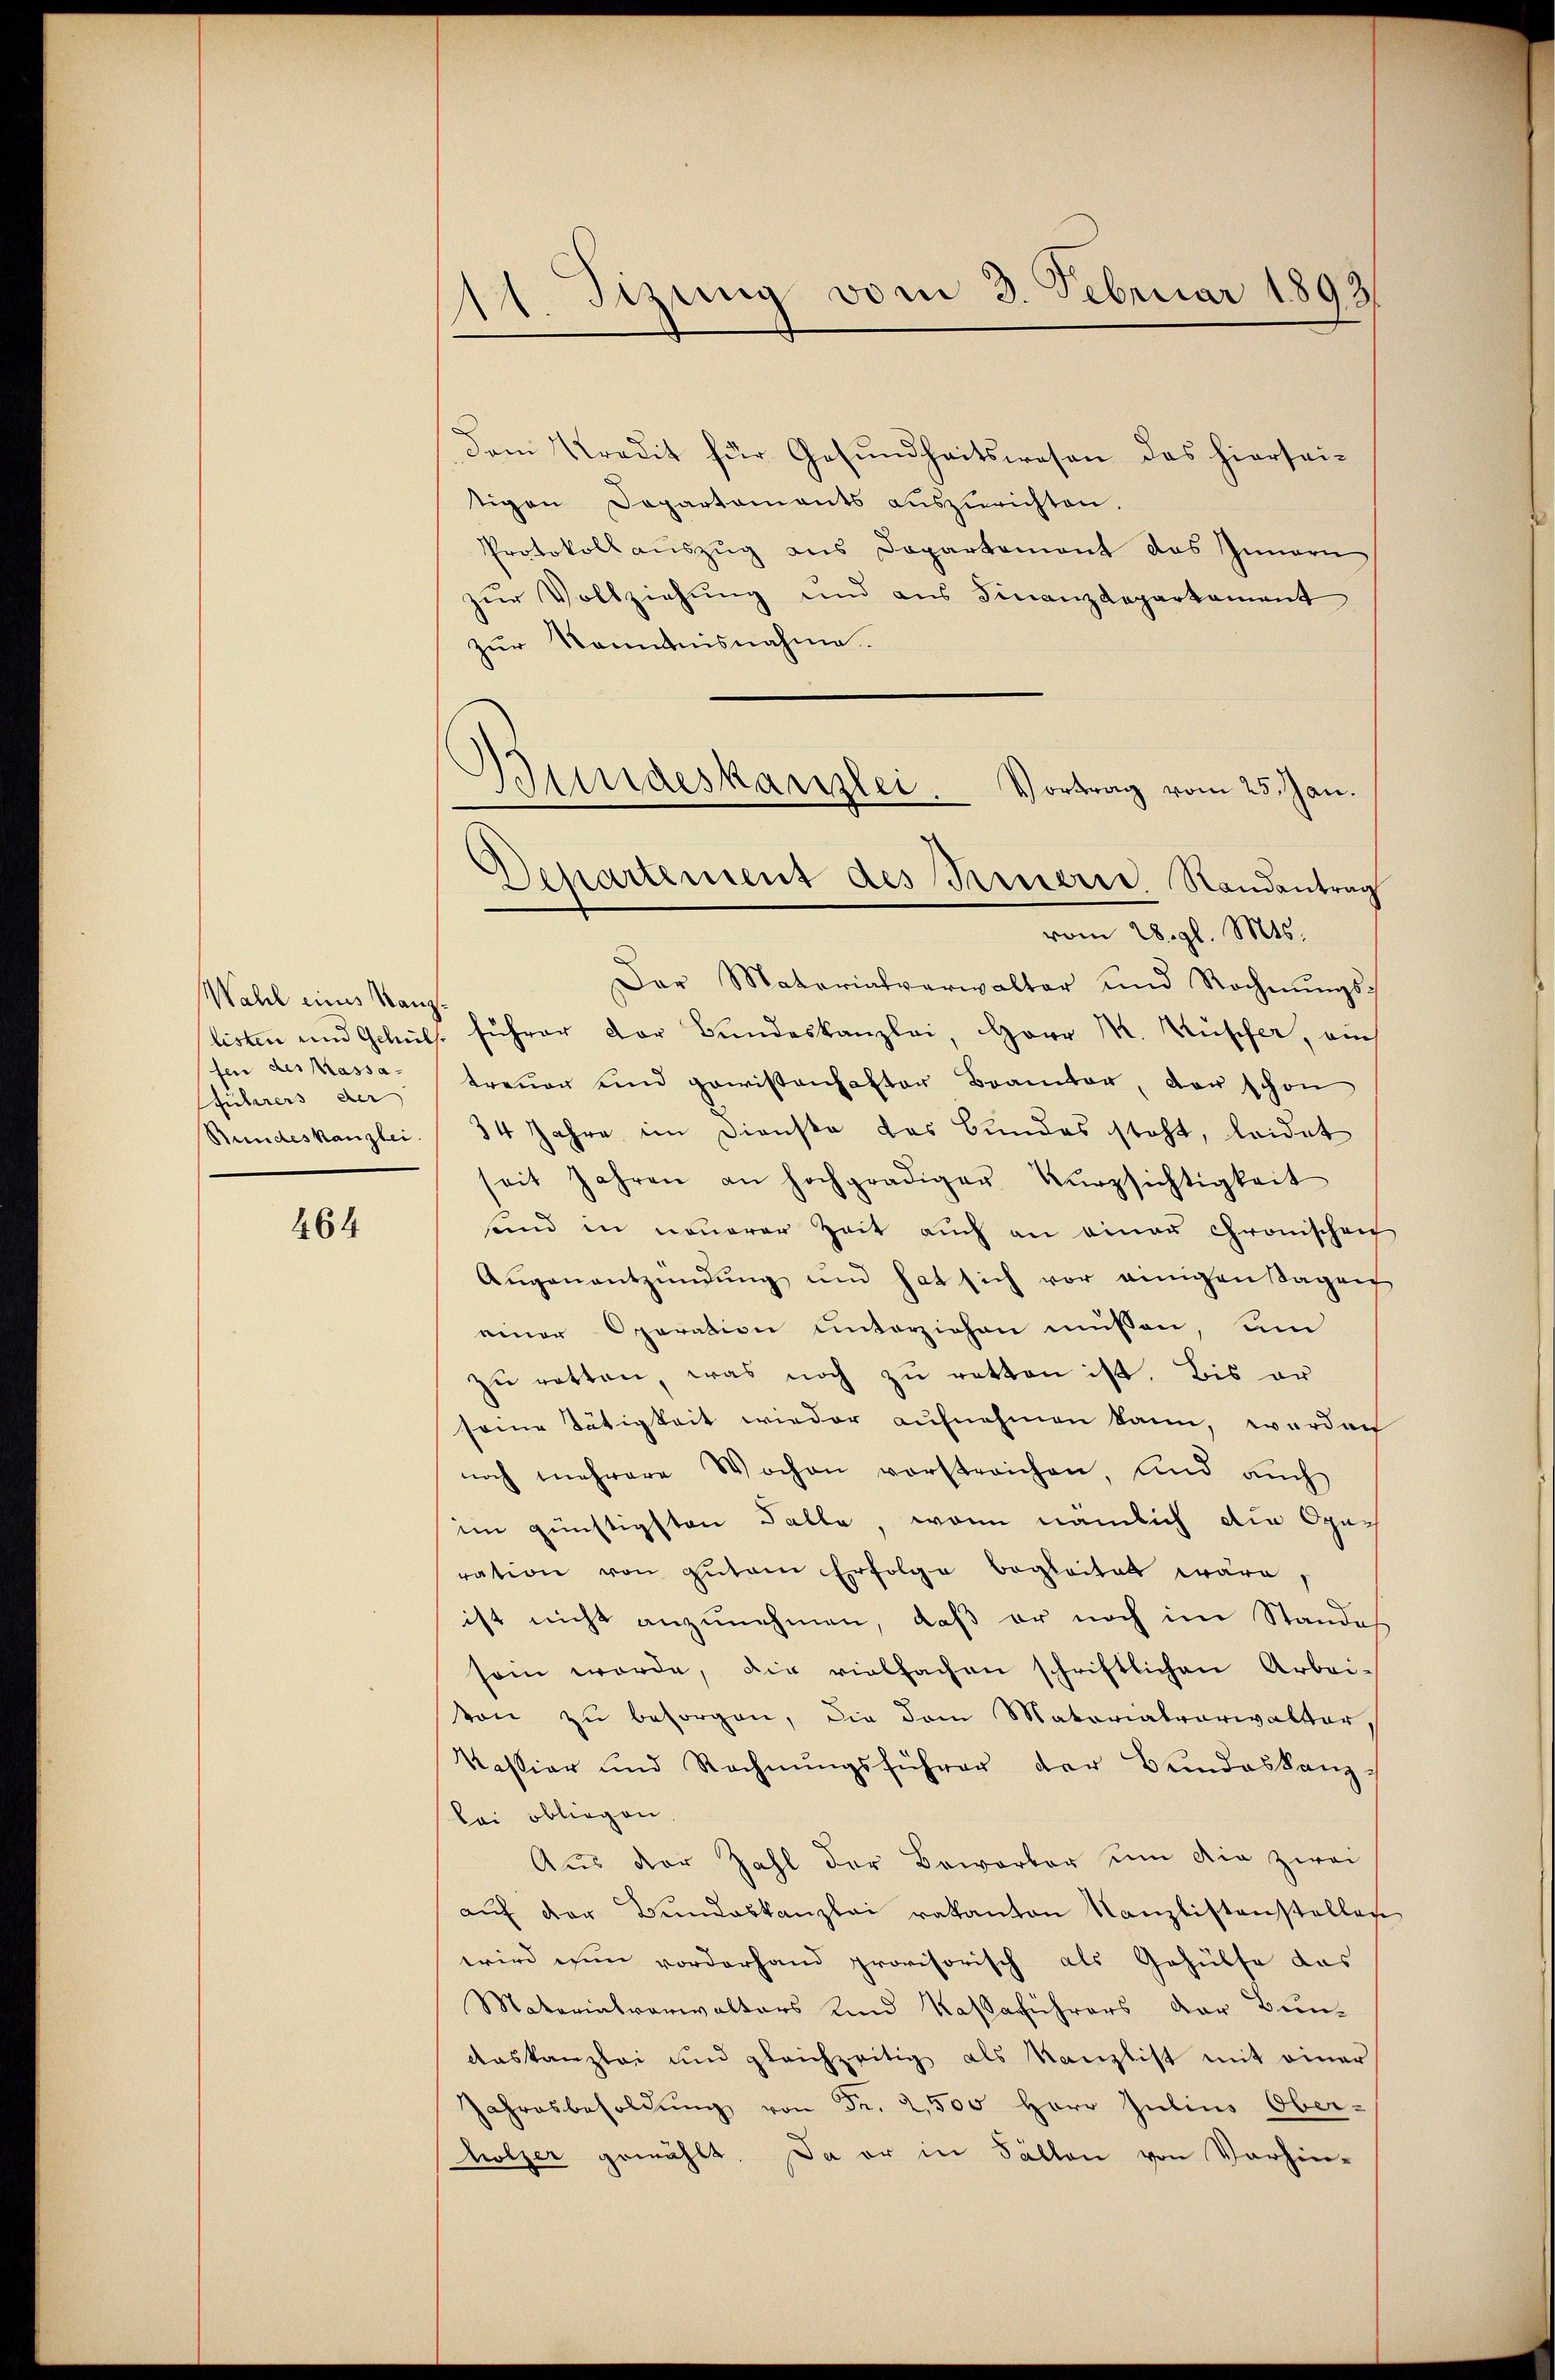
Mahl eines Kanzfen des Massa-
führers der
Rundeskanzlei.

464

Sizung vom 3. Februar 1893.

Dem Kredit für Gesundheitswesen des hierseitigen Departements auszurichten.
Protokollauszug aus Departement das Innern
zur Vollziehung und aus Finanzdepartament
zur Kenntnisnahme
Der Materialverwalter und Rechnŭngs-
listen und Gehül. führer Dor Bundeskanzlei, Herr M. Rüscher, auch
treuer und gewissenhafter Brauter, der schon
34 Jahre im Dienste das Bundes steht, leidet
seit Jahren an hochgradiger Kurzsichtigkeit
send in neuerer Zeit auch an einen Gronischen
Aŭgenentzündung und hat sich vor einigen Tagen
einer Operation unterziehen müssen, un
zŭ retten, was noch zu retten ist. Bis er
seine Tätigkeit wieder aufnehmen kann, werden
noch mehrere Wochen vorstreichen, und auch
im günstigsten Falle, wenn nämlich die Opuch
ration von gutem Erfolge begleitet wäre
ist nicht anzunehmen, daß er noch im Standes
sein werde, die vielfachen schriftlichen Arbei-
von zu besorgen, die dem Materialverwalter¬
Kassier und Rechnŭngsführer der Bundeskanz-
lei obliegen.
Aŭs der Zahl der Bewerber um die zwei
aŭf der Bŭndeskanzlei rakanton Kanzlistenstellen
wird nun vorderhand provisorisch als Gehülfe das
Materialverwalters und Kaßaführers der Bun-
aaskanzlei und gleichzeitig als Kanzlist mit einer
Jahresbesoldŭng von Fr. 2,500 Herr Julius Ober-
holzer gewählt. Da er in Fällen von Vorhin¬

Bundeskanzlei.
Vortrag vom 25. Jan.
Departement des Amerie. Randantrag
vom 28. gl. Mts.